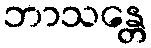
ဘာသန္တေ